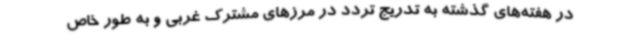
در هفته‌های گذشته به تدریج تردد در مرزهای مشترک غربی و به طور خاص